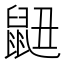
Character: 𮮬